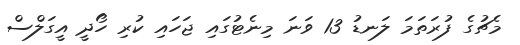
މެޗުގެ ފުރަތަމަ ލަނޑު 13 ވަނަ މިނެޓުގައި ޖަހައި ކުރި ހޯދީ އީގަލްސް